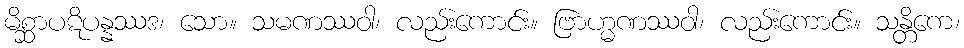
မိစ္ဆာပဋိပန္နဿဒ၊ သော။ သမဏဿဝါ၊ လည်းကောင်း။ ဗြာဟ္မဏဿဝါ၊ လည်းကောင်း။ သန္တိကေ၊